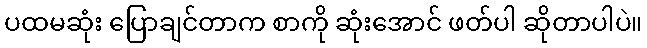
ပထမဆုံး ပြောချင်တာက စာကို ဆုံးအောင် ဖတ်ပါ ဆိုတာပါပဲ။